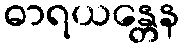
ဓာရယန္တေန